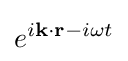
e^{i\mathbf {k} \cdot \mathbf {r} -i\omega t}